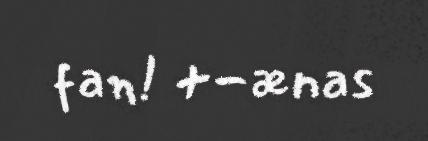
fan! +-ænas